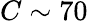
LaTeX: C\sim 70